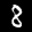
Label: 8